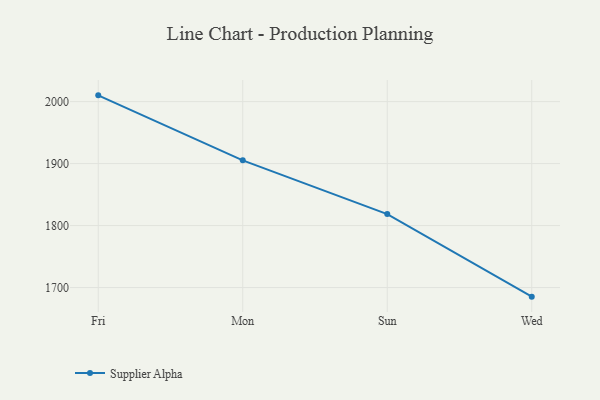
{"axis": {"x": "Day", "y": "Website Visitors"}, "legend": ["Supplier Alpha"], "data": [{"x": "Fri", "y": 2010.1, "type": "Supplier Alpha"}, {"x": "Mon", "y": 1905.2, "type": "Supplier Alpha"}, {"x": "Sun", "y": 1818.5, "type": "Supplier Alpha"}, {"x": "Wed", "y": 1685.3, "type": "Supplier Alpha"}]}